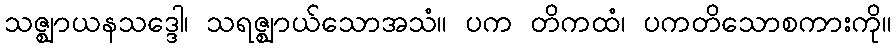
သဇ္ဈာယနသဒ္ဒေါ၊ သရဇ္ဈာယ်သောအသံ။ ပက တိကထံ၊ ပကတိသောစကားကို။